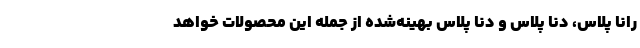
رانا پلاس، دنا پلاس و دنا پلاس بهینه‌شده از جمله این محصولات خواهد